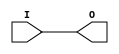

/*

FUNCTION	: BUFFER

*/

`timescale  100 ps / 10 ps

`celldefine

module BUFGSR (O, I);


    output O;

    input  I;

	buf B1 (O, I);

    specify
	(I *> O) = (0, 0);
    endspecify

endmodule

`endcelldefine